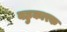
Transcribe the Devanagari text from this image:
बहुकारक